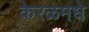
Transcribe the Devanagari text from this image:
केरळमधे